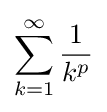
\sum _{k=1}^{\infty }{\frac {1}{k^{p}}}